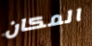
المكان